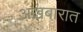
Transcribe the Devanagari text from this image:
अख़बारात